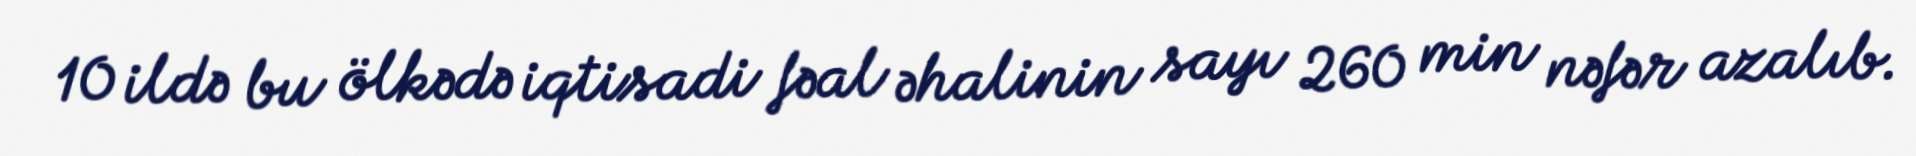
10 ildə bu ölkədə iqtisadi fəal əhalinin sayı 260 min nəfər azalıb.